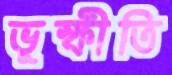
ভূস্ফীতি